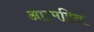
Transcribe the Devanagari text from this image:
आत्महित